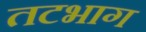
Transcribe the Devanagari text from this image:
तटभाग